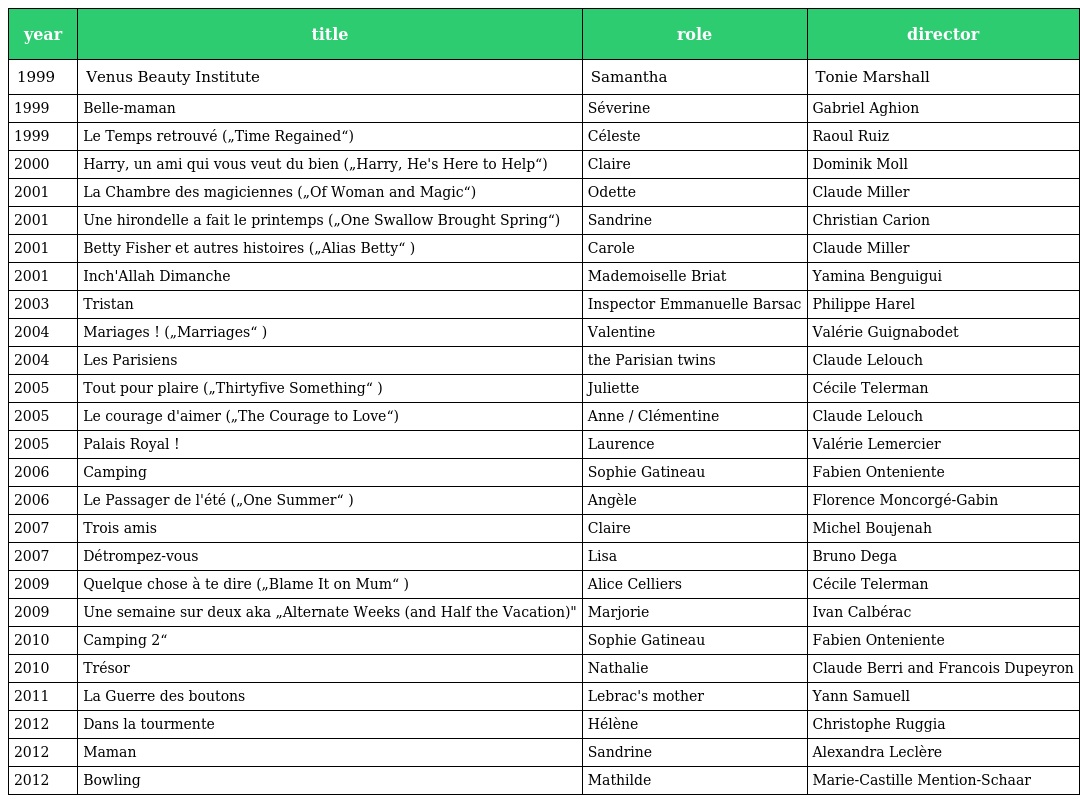
| year | title | role | director |
 | --- | --- | --- | --- |
 | 1999 | Venus Beauty Institute | Samantha | Tonie Marshall |
 | 1999 | Belle-maman | Séverine | Gabriel Aghion |
 | 1999 | Le Temps retrouvé („Time Regained“) | Céleste | Raoul Ruiz |
 | 2000 | Harry, un ami qui vous veut du bien („Harry, He's Here to Help“) | Claire | Dominik Moll |
 | 2001 | La Chambre des magiciennes („Of Woman and Magic“) | Odette | Claude Miller |
 | 2001 | Une hirondelle a fait le printemps („One Swallow Brought Spring“) | Sandrine | Christian Carion |
 | 2001 | Betty Fisher et autres histoires („Alias Betty“ ) | Carole | Claude Miller |
 | 2001 | Inch'Allah Dimanche | Mademoiselle Briat | Yamina Benguigui |
 | 2003 | Tristan | Inspector Emmanuelle Barsac | Philippe Harel |
 | 2004 | Mariages ! („Marriages“ ) | Valentine | Valérie Guignabodet |
 | 2004 | Les Parisiens | the Parisian twins | Claude Lelouch |
 | 2005 | Tout pour plaire („Thirtyfive Something“ ) | Juliette | Cécile Telerman |
 | 2005 | Le courage d'aimer („The Courage to Love“) | Anne / Clémentine | Claude Lelouch |
 | 2005 | Palais Royal ! | Laurence | Valérie Lemercier |
 | 2006 | Camping | Sophie Gatineau | Fabien Onteniente |
 | 2006 | Le Passager de l'été („One Summer“ ) | Angèle | Florence Moncorgé-Gabin |
 | 2007 | Trois amis | Claire | Michel Boujenah |
 | 2007 | Détrompez-vous | Lisa | Bruno Dega |
 | 2009 | Quelque chose à te dire („Blame It on Mum“ ) | Alice Celliers | Cécile Telerman |
 | 2009 | Une semaine sur deux aka „Alternate Weeks (and Half the Vacation)" | Marjorie | Ivan Calbérac |
 | 2010 | Camping 2“ | Sophie Gatineau | Fabien Onteniente |
 | 2010 | Trésor | Nathalie | Claude Berri and Francois Dupeyron |
 | 2011 | La Guerre des boutons | Lebrac's mother | Yann Samuell |
 | 2012 | Dans la tourmente | Hélène | Christophe Ruggia |
 | 2012 | Maman | Sandrine | Alexandra Leclère |
 | 2012 | Bowling | Mathilde | Marie-Castille Mention-Schaar |